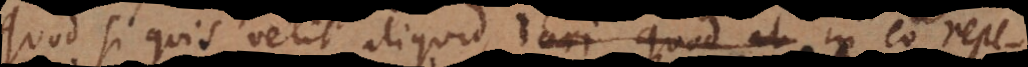
Quod si quis velit aliquid dari quod et in eo repe